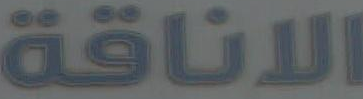
الاناقة